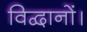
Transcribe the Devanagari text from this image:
विद्वानों।